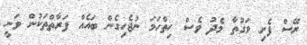
ރޭސް ފެށި ވަގުތާ މެދު ވެސް ހިތްހަމަ ނުޖެހިގެން ބައެއް ފަރާތްތަކުން ވަނީ